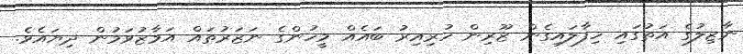
ނާޒިލުގެ އަތުގައި ހިފާލައިގެން ޒޫރިން ހުރިއިރު ބައެއް މީހުންގެ ނަޒަރުތައް އަމާޒުވަމުން ދިޔައެވެ.